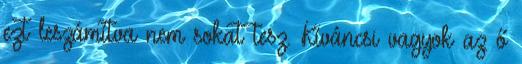
ezt leszámítva nem sokat tesz. Kíváncsi vagyok az ő